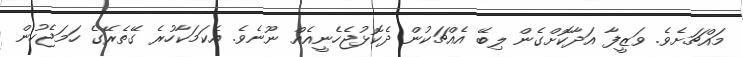
މައްޗަށެވެ. ވަޒީފާ އަދާކޮށްގެން ލިބޭ އެއްޗަކުން ދެކޮޅުޖެހެނީއެއް ނޫނެވެ. އެކަމަކާހުރެ ގޭތެރޭގެ ހަމަޖެހުން